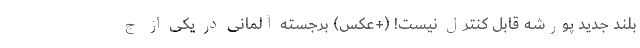
بلند جدید پورشه قابل کنترل نیست! (+عکس) برجسته آلمانی در یکی از ج